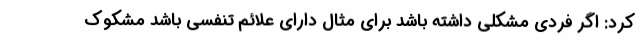
کرد: اگر فردی مشکلی داشته باشد برای مثال دارای علائم تنفسی باشد مشکوک